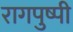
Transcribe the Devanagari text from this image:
रागपुष्पी